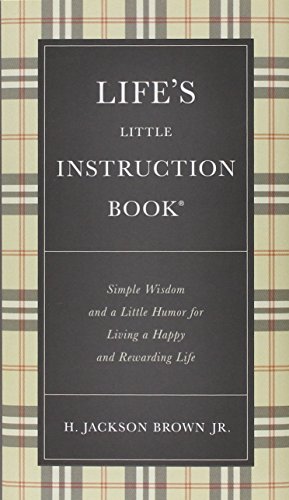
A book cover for Life's Little Instruction Book: Simple Wisdom and a Little Humor for Living a Happy and Rewarding Life; H. Jackson Brown; Humor & Entertainment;